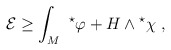
\begin{align*}{\cal E} \ge \int_{M} \ {}^\star \varphi + H\wedge {}^\star\chi \ ,\end{align*}